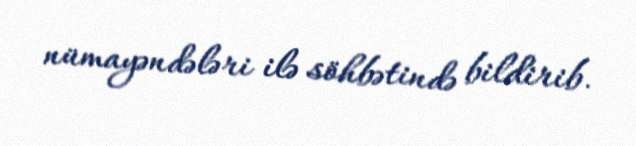
nümayəndələri ilə söhbətində bildirib.